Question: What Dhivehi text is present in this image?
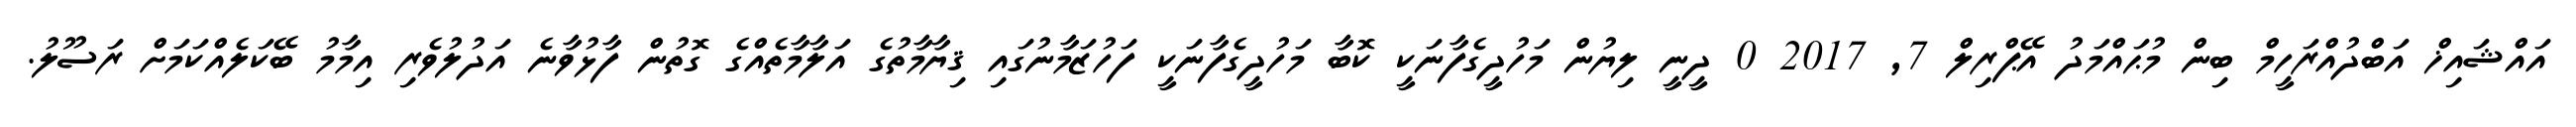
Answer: އައްޝައިޚް އަބްދުއްރަހީމް ބިން މުޙައްމަދު އޭޕްރިލް 7, 2017 0 ދީނީ ލިޔުން މަހުދީގެފާނަކީ ކޮބާ މަހުދީގެފާނަކީ ފަހުޒަމާނުގައި ޤިޔާމާތުގެ އަލާމާތެއްގެ ގޮތުން ފާޅުވާނެ އަދުލުވެރި އިމާމު ބޭކަލެއްކަމަށް ރަސޫލު.